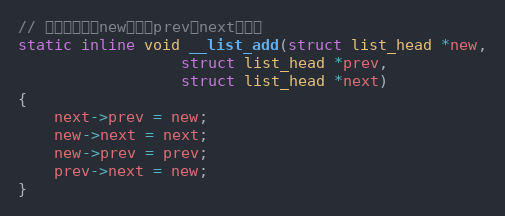
Language: C
// 添加节点：将new插入到prev和next之间。
static inline void __list_add(struct list_head *new,
                  struct list_head *prev,
                  struct list_head *next)
{
    next->prev = new;
    new->next = next;
    new->prev = prev;
    prev->next = new;
}